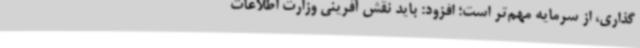
گذاری، از سرمایه مهم‌تر است؛ افزود: باید نقش آفرینی وزارت اطلاعات